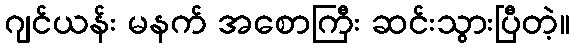
ဂျင်ယန်း မနက် အစောကြီး ဆင်းသွားပြီတဲ့။